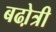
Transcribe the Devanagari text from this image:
बढो़त्री